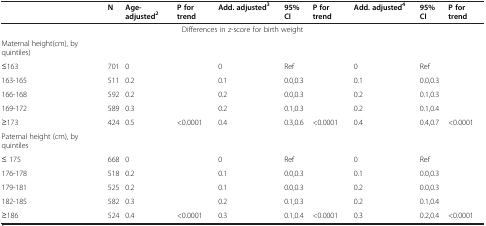
<table><thead><tr><td><b> </b></td><td><b>N</b></td><td><b>Age-adjusted<sup>2</sup></b></td><td><b>P for trend</b></td><td><b>Add. adjusted<sup>3</sup></b></td><td><b>95% CI</b></td><td><b>P for trend</b></td><td><b>Add. adjusted<sup>4</sup></b></td><td><b>95% CI</b></td><td><b>P for trend</b></td></tr></thead><tbody><tr><td colspan="10">Differences in z-score for birth weight</td></tr><tr><td colspan="10">Maternal height(cm), by quintiles)</td></tr><tr><td>≤163</td><td>701</td><td>0</td><td> </td><td>0</td><td>Ref</td><td> </td><td>0</td><td>Ref</td><td> </td></tr><tr><td>163-165</td><td>511</td><td>0.2</td><td> </td><td>0.1</td><td>0.0,0.3</td><td> </td><td>0.1</td><td>0.0,0.3</td><td> </td></tr><tr><td>166-168</td><td>592</td><td>0.2</td><td> </td><td>0.2</td><td>0.0,0.3</td><td> </td><td>0.2</td><td>0.1,0.3</td><td> </td></tr><tr><td>169-172</td><td>589</td><td>0.3</td><td> </td><td>0.2</td><td>0.1,0.3</td><td> </td><td>0.2</td><td>0.1,0.4</td><td> </td></tr><tr><td>≥173</td><td>424</td><td>0.5</td><td>&lt;0.0001</td><td>0.4</td><td>0.3,0.6</td><td>&lt;0.0001</td><td>0.4</td><td>0.4,0.7</td><td>&lt;0.0001</td></tr><tr><td colspan="10">Paternal height (cm), by quintiles</td></tr><tr><td>≤ 175</td><td>668</td><td>0</td><td> </td><td>0</td><td>Ref</td><td> </td><td>0</td><td>Ref</td><td> </td></tr><tr><td>176-178</td><td>518</td><td>0.2</td><td> </td><td>0.1</td><td>0.0,0.3</td><td> </td><td>0.1</td><td>0.0,0.3</td><td> </td></tr><tr><td>179-181</td><td>525</td><td>0.2</td><td> </td><td>0.1</td><td>0.0,0.3</td><td> </td><td>0.2</td><td>0.0,0.3</td><td> </td></tr><tr><td>182-185</td><td>582</td><td>0.3</td><td> </td><td>0.2</td><td>0.1,0.3</td><td> </td><td>0.2</td><td>0.1,0.4</td><td> </td></tr><tr><td>≥186</td><td>524</td><td>0.4</td><td>&lt;0.0001</td><td>0.3</td><td>0.1,0.4</td><td>&lt;0.0001</td><td>0.3</td><td>0.2,0.4</td><td>&lt;0.0001</td></tr></tbody></table>